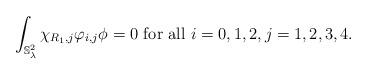
LaTeX: \begin{align*}\int_{\mathbb{S}^2_{\lambda}}\chi_{R_1,j}\varphi_{i,j}\phi=0 \textrm{ for all }i=0,1,2, j=1,2,3,4.\end{align*}